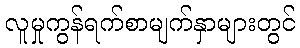
လူမှုကွန်ရက်စာမျက်နှာများတွင်